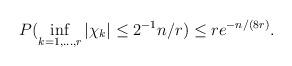
LaTeX: \begin{align*}P( \inf_{k=1,...,r} |\chi_k| \leq 2^{-1}n/r )&\leq r e^{-n/(8r)}.\end{align*}